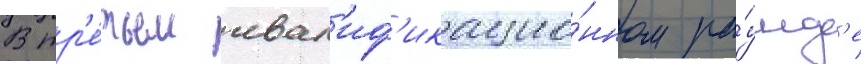
В тр'е́тьем квал'иф'икацио́нном ра́унд'е